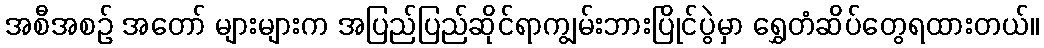
အစီအစဉ် အတော် များများက အပြည်ပြည်ဆိုင်ရာကျွမ်းဘားပြိုင်ပွဲမှာ ရွှေတံဆိပ်တွေရထားတယ်။